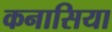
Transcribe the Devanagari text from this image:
कनासिया